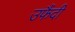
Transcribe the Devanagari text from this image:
उफैंदी